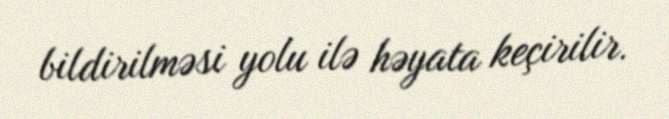
bildirilməsi yolu ilə həyata keçirilir.